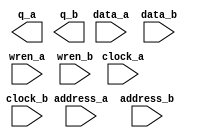
// megafunction wizard: %RAM: 2-PORT%VBB%
// GENERATION: STANDARD
// VERSION: WM1.0
// MODULE: altsyncram 

// ============================================================
// Megafunction Name(s):
// 			altsyncram
//
// Simulation Library Files(s):
// 			altera_mf
// ============================================================
// ************************************************************
// THIS IS A WIZARD-GENERATED FILE. DO NOT EDIT THIS FILE!
//
// 13.0.0 Build 156 04/24/2013 SJ Web Edition
// ************************************************************

//Copyright (C) 1991-2013 Altera Corporation
//Your use of Altera Corporation's design tools, logic functions 
//and other software and tools, and its AMPP partner logic 
//functions, and any output files from any of the foregoing 
//(including device programming or simulation files), and any 
//associated documentation or information are expressly subject 
//to the terms and conditions of the Altera Program License 
//Subscription Agreement, Altera MegaCore Function License 
//Agreement, or other applicable license agreement, including, 
//without limitation, that your use is for the sole purpose of 
//programming logic devices manufactured by Altera and sold by 
//Altera or its authorized distributors.  Please refer to the 
//applicable agreement for further details.

module my_ram_2port (
	address_a,
	address_b,
	clock_a,
	clock_b,
	data_a,
	data_b,
	wren_a,
	wren_b,
	q_a,
	q_b);

	input	[9:0]  address_a;
	input	[9:0]  address_b;
	input	  clock_a;
	input	  clock_b;
	input	[7:0]  data_a;
	input	[7:0]  data_b;
	input	  wren_a;
	input	  wren_b;
	output	[7:0]  q_a;
	output	[7:0]  q_b;
`ifndef ALTERA_RESERVED_QIS
// synopsys translate_off
`endif
	tri1	  clock_a;
	tri0	  wren_a;
	tri0	  wren_b;
`ifndef ALTERA_RESERVED_QIS
// synopsys translate_on
`endif

endmodule

// ============================================================
// CNX file retrieval info
// ============================================================
// Retrieval info: PRIVATE: ADDRESSSTALL_A NUMERIC "0"
// Retrieval info: PRIVATE: ADDRESSSTALL_B NUMERIC "0"
// Retrieval info: PRIVATE: BYTEENA_ACLR_A NUMERIC "0"
// Retrieval info: PRIVATE: BYTEENA_ACLR_B NUMERIC "0"
// Retrieval info: PRIVATE: BYTE_ENABLE_A NUMERIC "0"
// Retrieval info: PRIVATE: BYTE_ENABLE_B NUMERIC "0"
// Retrieval info: PRIVATE: BYTE_SIZE NUMERIC "8"
// Retrieval info: PRIVATE: BlankMemory NUMERIC "1"
// Retrieval info: PRIVATE: CLOCK_ENABLE_INPUT_A NUMERIC "0"
// Retrieval info: PRIVATE: CLOCK_ENABLE_INPUT_B NUMERIC "0"
// Retrieval info: PRIVATE: CLOCK_ENABLE_OUTPUT_A NUMERIC "0"
// Retrieval info: PRIVATE: CLOCK_ENABLE_OUTPUT_B NUMERIC "0"
// Retrieval info: PRIVATE: CLRdata NUMERIC "0"
// Retrieval info: PRIVATE: CLRq NUMERIC "0"
// Retrieval info: PRIVATE: CLRrdaddress NUMERIC "0"
// Retrieval info: PRIVATE: CLRrren NUMERIC "0"
// Retrieval info: PRIVATE: CLRwraddress NUMERIC "0"
// Retrieval info: PRIVATE: CLRwren NUMERIC "0"
// Retrieval info: PRIVATE: Clock NUMERIC "5"
// Retrieval info: PRIVATE: Clock_A NUMERIC "0"
// Retrieval info: PRIVATE: Clock_B NUMERIC "0"
// Retrieval info: PRIVATE: IMPLEMENT_IN_LES NUMERIC "0"
// Retrieval info: PRIVATE: INDATA_ACLR_B NUMERIC "0"
// Retrieval info: PRIVATE: INDATA_REG_B NUMERIC "1"
// Retrieval info: PRIVATE: INIT_FILE_LAYOUT STRING "PORT_A"
// Retrieval info: PRIVATE: INIT_TO_SIM_X NUMERIC "0"
// Retrieval info: PRIVATE: INTENDED_DEVICE_FAMILY STRING "Cyclone IV E"
// Retrieval info: PRIVATE: JTAG_ENABLED NUMERIC "0"
// Retrieval info: PRIVATE: JTAG_ID STRING "NONE"
// Retrieval info: PRIVATE: MAXIMUM_DEPTH NUMERIC "0"
// Retrieval info: PRIVATE: MEMSIZE NUMERIC "8192"
// Retrieval info: PRIVATE: MEM_IN_BITS NUMERIC "0"
// Retrieval info: PRIVATE: MIFfilename STRING ""
// Retrieval info: PRIVATE: OPERATION_MODE NUMERIC "3"
// Retrieval info: PRIVATE: OUTDATA_ACLR_B NUMERIC "0"
// Retrieval info: PRIVATE: OUTDATA_REG_B NUMERIC "0"
// Retrieval info: PRIVATE: RAM_BLOCK_TYPE NUMERIC "0"
// Retrieval info: PRIVATE: READ_DURING_WRITE_MODE_MIXED_PORTS NUMERIC "2"
// Retrieval info: PRIVATE: READ_DURING_WRITE_MODE_PORT_A NUMERIC "3"
// Retrieval info: PRIVATE: READ_DURING_WRITE_MODE_PORT_B NUMERIC "3"
// Retrieval info: PRIVATE: REGdata NUMERIC "1"
// Retrieval info: PRIVATE: REGq NUMERIC "0"
// Retrieval info: PRIVATE: REGrdaddress NUMERIC "0"
// Retrieval info: PRIVATE: REGrren NUMERIC "0"
// Retrieval info: PRIVATE: REGwraddress NUMERIC "1"
// Retrieval info: PRIVATE: REGwren NUMERIC "1"
// Retrieval info: PRIVATE: SYNTH_WRAPPER_GEN_POSTFIX STRING "0"
// Retrieval info: PRIVATE: USE_DIFF_CLKEN NUMERIC "0"
// Retrieval info: PRIVATE: UseDPRAM NUMERIC "1"
// Retrieval info: PRIVATE: VarWidth NUMERIC "0"
// Retrieval info: PRIVATE: WIDTH_READ_A NUMERIC "8"
// Retrieval info: PRIVATE: WIDTH_READ_B NUMERIC "8"
// Retrieval info: PRIVATE: WIDTH_WRITE_A NUMERIC "8"
// Retrieval info: PRIVATE: WIDTH_WRITE_B NUMERIC "8"
// Retrieval info: PRIVATE: WRADDR_ACLR_B NUMERIC "0"
// Retrieval info: PRIVATE: WRADDR_REG_B NUMERIC "1"
// Retrieval info: PRIVATE: WRCTRL_ACLR_B NUMERIC "0"
// Retrieval info: PRIVATE: enable NUMERIC "0"
// Retrieval info: PRIVATE: rden NUMERIC "0"
// Retrieval info: LIBRARY: altera_mf altera_mf.altera_mf_components.all
// Retrieval info: CONSTANT: ADDRESS_REG_B STRING "CLOCK1"
// Retrieval info: CONSTANT: CLOCK_ENABLE_INPUT_A STRING "BYPASS"
// Retrieval info: CONSTANT: CLOCK_ENABLE_INPUT_B STRING "BYPASS"
// Retrieval info: CONSTANT: CLOCK_ENABLE_OUTPUT_A STRING "BYPASS"
// Retrieval info: CONSTANT: CLOCK_ENABLE_OUTPUT_B STRING "BYPASS"
// Retrieval info: CONSTANT: INDATA_REG_B STRING "CLOCK1"
// Retrieval info: CONSTANT: INTENDED_DEVICE_FAMILY STRING "Cyclone IV E"
// Retrieval info: CONSTANT: LPM_TYPE STRING "altsyncram"
// Retrieval info: CONSTANT: NUMWORDS_A NUMERIC "1024"
// Retrieval info: CONSTANT: NUMWORDS_B NUMERIC "1024"
// Retrieval info: CONSTANT: OPERATION_MODE STRING "BIDIR_DUAL_PORT"
// Retrieval info: CONSTANT: OUTDATA_ACLR_A STRING "NONE"
// Retrieval info: CONSTANT: OUTDATA_ACLR_B STRING "NONE"
// Retrieval info: CONSTANT: OUTDATA_REG_A STRING "UNREGISTERED"
// Retrieval info: CONSTANT: OUTDATA_REG_B STRING "UNREGISTERED"
// Retrieval info: CONSTANT: POWER_UP_UNINITIALIZED STRING "FALSE"
// Retrieval info: CONSTANT: READ_DURING_WRITE_MODE_PORT_A STRING "NEW_DATA_NO_NBE_READ"
// Retrieval info: CONSTANT: READ_DURING_WRITE_MODE_PORT_B STRING "NEW_DATA_NO_NBE_READ"
// Retrieval info: CONSTANT: WIDTHAD_A NUMERIC "10"
// Retrieval info: CONSTANT: WIDTHAD_B NUMERIC "10"
// Retrieval info: CONSTANT: WIDTH_A NUMERIC "8"
// Retrieval info: CONSTANT: WIDTH_B NUMERIC "8"
// Retrieval info: CONSTANT: WIDTH_BYTEENA_A NUMERIC "1"
// Retrieval info: CONSTANT: WIDTH_BYTEENA_B NUMERIC "1"
// Retrieval info: CONSTANT: WRCONTROL_WRADDRESS_REG_B STRING "CLOCK1"
// Retrieval info: USED_PORT: address_a 0 0 10 0 INPUT NODEFVAL "address_a[9..0]"
// Retrieval info: USED_PORT: address_b 0 0 10 0 INPUT NODEFVAL "address_b[9..0]"
// Retrieval info: USED_PORT: clock_a 0 0 0 0 INPUT VCC "clock_a"
// Retrieval info: USED_PORT: clock_b 0 0 0 0 INPUT NODEFVAL "clock_b"
// Retrieval info: USED_PORT: data_a 0 0 8 0 INPUT NODEFVAL "data_a[7..0]"
// Retrieval info: USED_PORT: data_b 0 0 8 0 INPUT NODEFVAL "data_b[7..0]"
// Retrieval info: USED_PORT: q_a 0 0 8 0 OUTPUT NODEFVAL "q_a[7..0]"
// Retrieval info: USED_PORT: q_b 0 0 8 0 OUTPUT NODEFVAL "q_b[7..0]"
// Retrieval info: USED_PORT: wren_a 0 0 0 0 INPUT GND "wren_a"
// Retrieval info: USED_PORT: wren_b 0 0 0 0 INPUT GND "wren_b"
// Retrieval info: CONNECT: @address_a 0 0 10 0 address_a 0 0 10 0
// Retrieval info: CONNECT: @address_b 0 0 10 0 address_b 0 0 10 0
// Retrieval info: CONNECT: @clock0 0 0 0 0 clock_a 0 0 0 0
// Retrieval info: CONNECT: @clock1 0 0 0 0 clock_b 0 0 0 0
// Retrieval info: CONNECT: @data_a 0 0 8 0 data_a 0 0 8 0
// Retrieval info: CONNECT: @data_b 0 0 8 0 data_b 0 0 8 0
// Retrieval info: CONNECT: @wren_a 0 0 0 0 wren_a 0 0 0 0
// Retrieval info: CONNECT: @wren_b 0 0 0 0 wren_b 0 0 0 0
// Retrieval info: CONNECT: q_a 0 0 8 0 @q_a 0 0 8 0
// Retrieval info: CONNECT: q_b 0 0 8 0 @q_b 0 0 8 0
// Retrieval info: GEN_FILE: TYPE_NORMAL my_ram_2port.v TRUE
// Retrieval info: GEN_FILE: TYPE_NORMAL my_ram_2port.inc FALSE
// Retrieval info: GEN_FILE: TYPE_NORMAL my_ram_2port.cmp FALSE
// Retrieval info: GEN_FILE: TYPE_NORMAL my_ram_2port.bsf FALSE
// Retrieval info: GEN_FILE: TYPE_NORMAL my_ram_2port_inst.v FALSE
// Retrieval info: GEN_FILE: TYPE_NORMAL my_ram_2port_bb.v TRUE
// Retrieval info: LIB_FILE: altera_mf